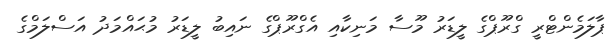
ޕާލަމެންޓްރީ ގްރޫޕްގެ ލީޑަރު މޫސާ މަނިކާއި އެގްރޫޕްގެ ނައިބު ލީޑަރު މުޙައްމަދު އަސްލަމްގެ